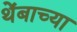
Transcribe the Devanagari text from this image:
थेंबाच्या